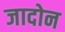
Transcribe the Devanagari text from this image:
जादोन